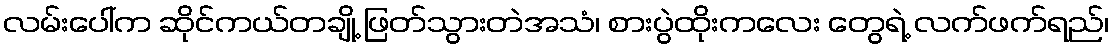
လမ်းပေါ်က ဆိုင်ကယ်တချို့ ဖြတ်သွားတဲအသံ၊ စားပွဲထိုးကလေး တွေရဲ့ လက်ဖက်ရည်၊